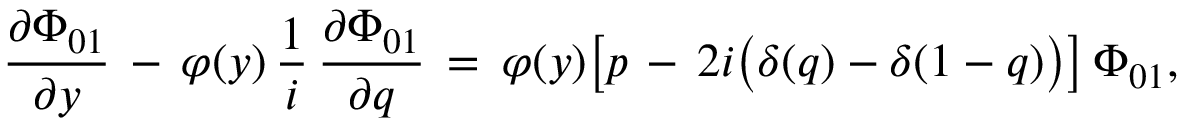
\frac { \partial \Phi _ { 0 1 } } { \partial y } \, - \, \varphi ( y ) \, \frac 1 i \, \frac { \partial \Phi _ { 0 1 } } { \partial q } \, = \, \varphi ( y ) \bigl [ p \, - \, 2 i \bigl ( \delta ( q ) - \delta ( 1 - q ) \bigr ) \bigr ] \, \Phi _ { 0 1 } ,